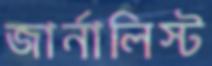
জার্নালিস্ট